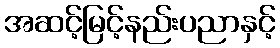
အဆင့်မြင့်နည်းပညာနှင့်